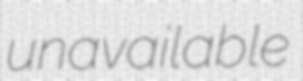
unavailable